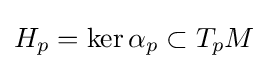
H_{p}=\ker \alpha _{p}\subset T_{p}M